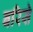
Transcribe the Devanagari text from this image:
बरिसे